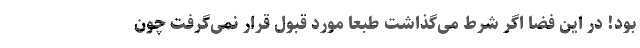
بود! در این فضا اگر شرط می‌گذاشت طبعاً مورد قبول قرار نمی‌گرفت چون